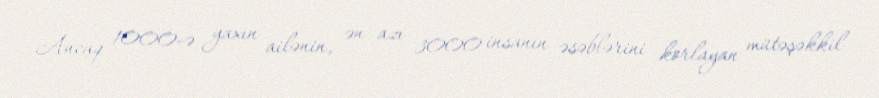
Ancaq 1000-ə yaxın ailənin, ən azı 3000 insanın əsəblərini korlayan mütəşəkkil